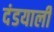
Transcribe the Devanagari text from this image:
दंडयाली